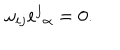
\omega _ { i j } e ^ { j } { } _ { \alpha } = 0 .